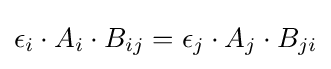
\epsilon _{i}\cdot A_{i}\cdot B_{ij}=\epsilon _{j}\cdot A_{j}\cdot B_{ji}